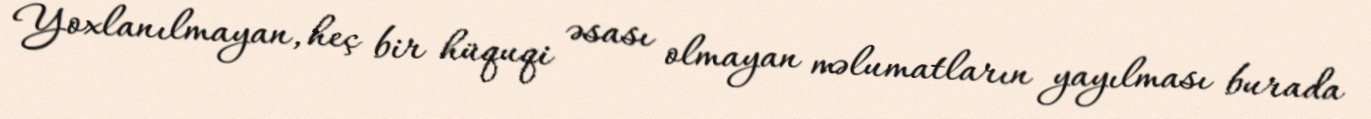
Yoxlanılmayan, heç bir hüquqi əsası olmayan məlumatların yayılması burada